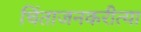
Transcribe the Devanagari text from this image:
चिंताजनकरीत्या